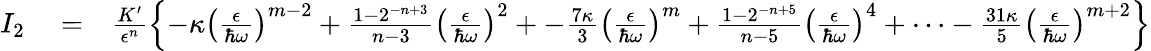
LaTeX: \begin{array}{rlr}{I_{2}}&{{}=}&{\frac{K^{\prime}}{\epsilon^{n}}\left\{ -\kappa\left(\frac{\epsilon}{\hbar\omega}\right)^{m-2}+\frac{1-2^{-n+3}}{n-3}\left(\frac{\epsilon}{\hbar\omega}\right)^{2}+-\frac{7\kappa}{3}\left(\frac{\epsilon}{\hbar\omega}\right)^{m}+\frac{1-2^{-n+5}}{n-5}\left(\frac{\epsilon}{\hbar\omega}\right)^{4}+\cdots-\frac{31\kappa}{5}\left(\frac{\epsilon}{\hbar\omega}\right)^{m+2}\right\} }\end{array}